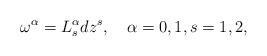
LaTeX: \begin{align*}\omega^\alpha=L_s^\alpha dz^s, \quad\alpha=0,1,s=1,2, \end{align*}